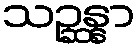
သဉ္ဆန္နာ